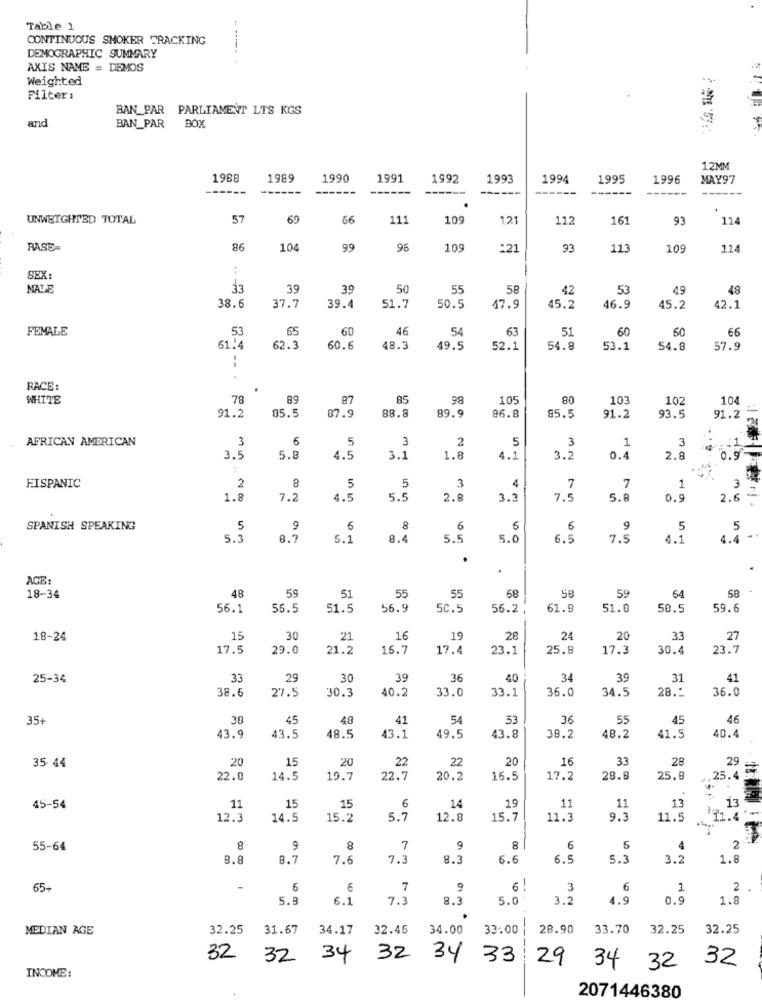
Table 1
CONTINUOUS SMOKER TRACKING
DEMOGRAPHIC SUMMARY
AXIS NAME = DEMOS
Weighted
Filter:
BAN_PAR PARLIAMENT LTS KGS
and
BAN_PAR
BOX
12MM
19BB
1989
1990
1991
1992
1993
1994
1995
1996
MAY97
------
------
------
------
------
-----
UNWEIGHTED TOTAL
57
69
66
111
109
121
112
161
93
114
RASE
86
104
99
96
109
121
93
113
109
114
--
SEX:
MALE
33
39
39
50
55
58
42
53
49
48
42.1
38.6
37.7
39.4
51.7
50.5
47.9
45.2
46.9
45.2
FEMALE
53
65
60
46
63
51
60
50
66
54
61.4
62.3
60.6
48.3
49.5
52.1
54.8
53.1
54.8
57.9
RACE:
WHITE
78
89
87
85
98
105
80
103
102
104
05.5
88.8
89.9
93.5
:1
91.2
87.9
86.8
85.5
91.2
91.2
AFRICAN AMERICAN
5
3
5
3
1
3
3
2
3.5
5.8
4.5
3.1
1.8
4.1
3.2
0.4
2.8
0.9
HISPANIC
2
8
5
5
3
4
7
7
1
3
1.8
7.2
4.5
5.5
2.8
3 .:
7.5
5.8
0.9
2.6 2
SPANISH SPEAKING
5
9
6
8
6
5
6
9
5
5
5.3
8.7
5.1
8.4
5.5
5.0
6.5
7.5
4.1
4.4
.
AGE:
48
55
68
58
59
18-34
59
51
55
64
56.1
56.5
51.5
56.9
SC.5
56.2
61.9
51.0
50.5
59.6
18-24
15
30
21
16
19
28
24
20
33
27
17.5
29.0
21.2
16.7
17.4
23.1
25.8
17.3
30.4
23.7
25-34
33
29
30
39
36
40
34
39
31
41
38.6
27.5
30.3
40.2
33.0
33.1
36.0
34.5
28."
36.0
35+
30
45
48
41
54
53
36
55
45
46
40.4
43.9
43.5
48.5
43.1
49.5
43.8
38.2
48.2
41.5
20
15
20
22
22
20
16
33
28
29
35 44
22.0
14.5
19.7
22.7
20.2
16.5
17.2
28.8
25.8
25
25.4
6
14
13
13
45-54
11
15
15
19
11
11
-
12.3
14.5
15.2
5.7
12.8
15.7
11.3
9.3
11.5
55-64
9
8
7
9
8
6
4
2
8.8
8.7
7.6
7.3
8.3
6.6
6.5
5.3
3.2
1.8
65+
6
€
7
9
6
- -
3
6
1
2
5.8
6.1
7.3
8.3
5.0
3.
4.9
0.0
1.8
MEDIAN AGE
32.25
31.67
34.17
32.45
34.00
33:00
28.90
33.70
32.25
32.25
32
32 34
32 34 33
29
34
32
32
INCOME:
2071446380